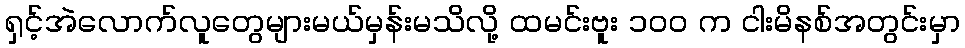
ရှင့်အဲလောက်လူတွေများမယ်မှန်းမသိလို့ ထမင်းဗူး ၁၀၀ က ငါးမိနစ်အတွင်းမှာ